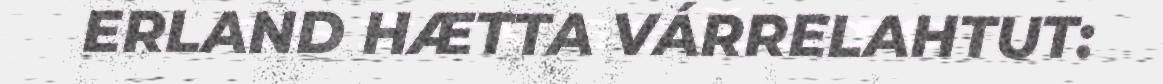
ERLAND HÆTTA VÁRRELAHTUT: